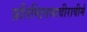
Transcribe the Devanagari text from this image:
प्रतिष्ठितमावीरावीर्म